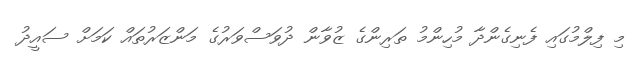
މި ފިލްމުގައި ފެނިގެންދާ މުހިންމު ތަރިންގެ ޒުވާން ދުވަސްވަރުގެ މަންޒަރުތައް ކަމަށް ސައީދު